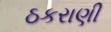
ઠકરાણી